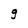
Character: g